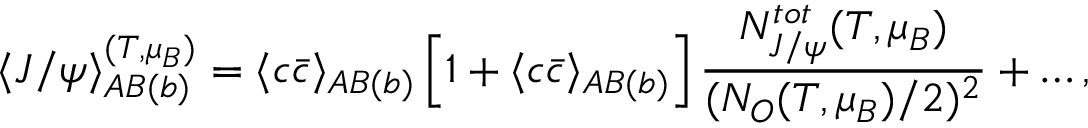
\langle J / \psi \rangle _ { A B ( b ) } ^ { ( T , \mu _ { B } ) } = \langle c \bar { c } \rangle _ { A B ( b ) } \left[ 1 + \langle c \bar { c } \rangle _ { A B ( b ) } \right] \frac { N _ { J / \psi } ^ { t o t } ( T , \mu _ { B } ) } { ( N _ { O } ( T , \mu _ { B } ) / 2 ) ^ { 2 } } + \dots ,